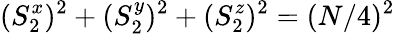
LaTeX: (S_{2}^{x})^{2}+(S_{2}^{y})^{2}+(S_{2}^{z})^{2}=(N/4)^{2}